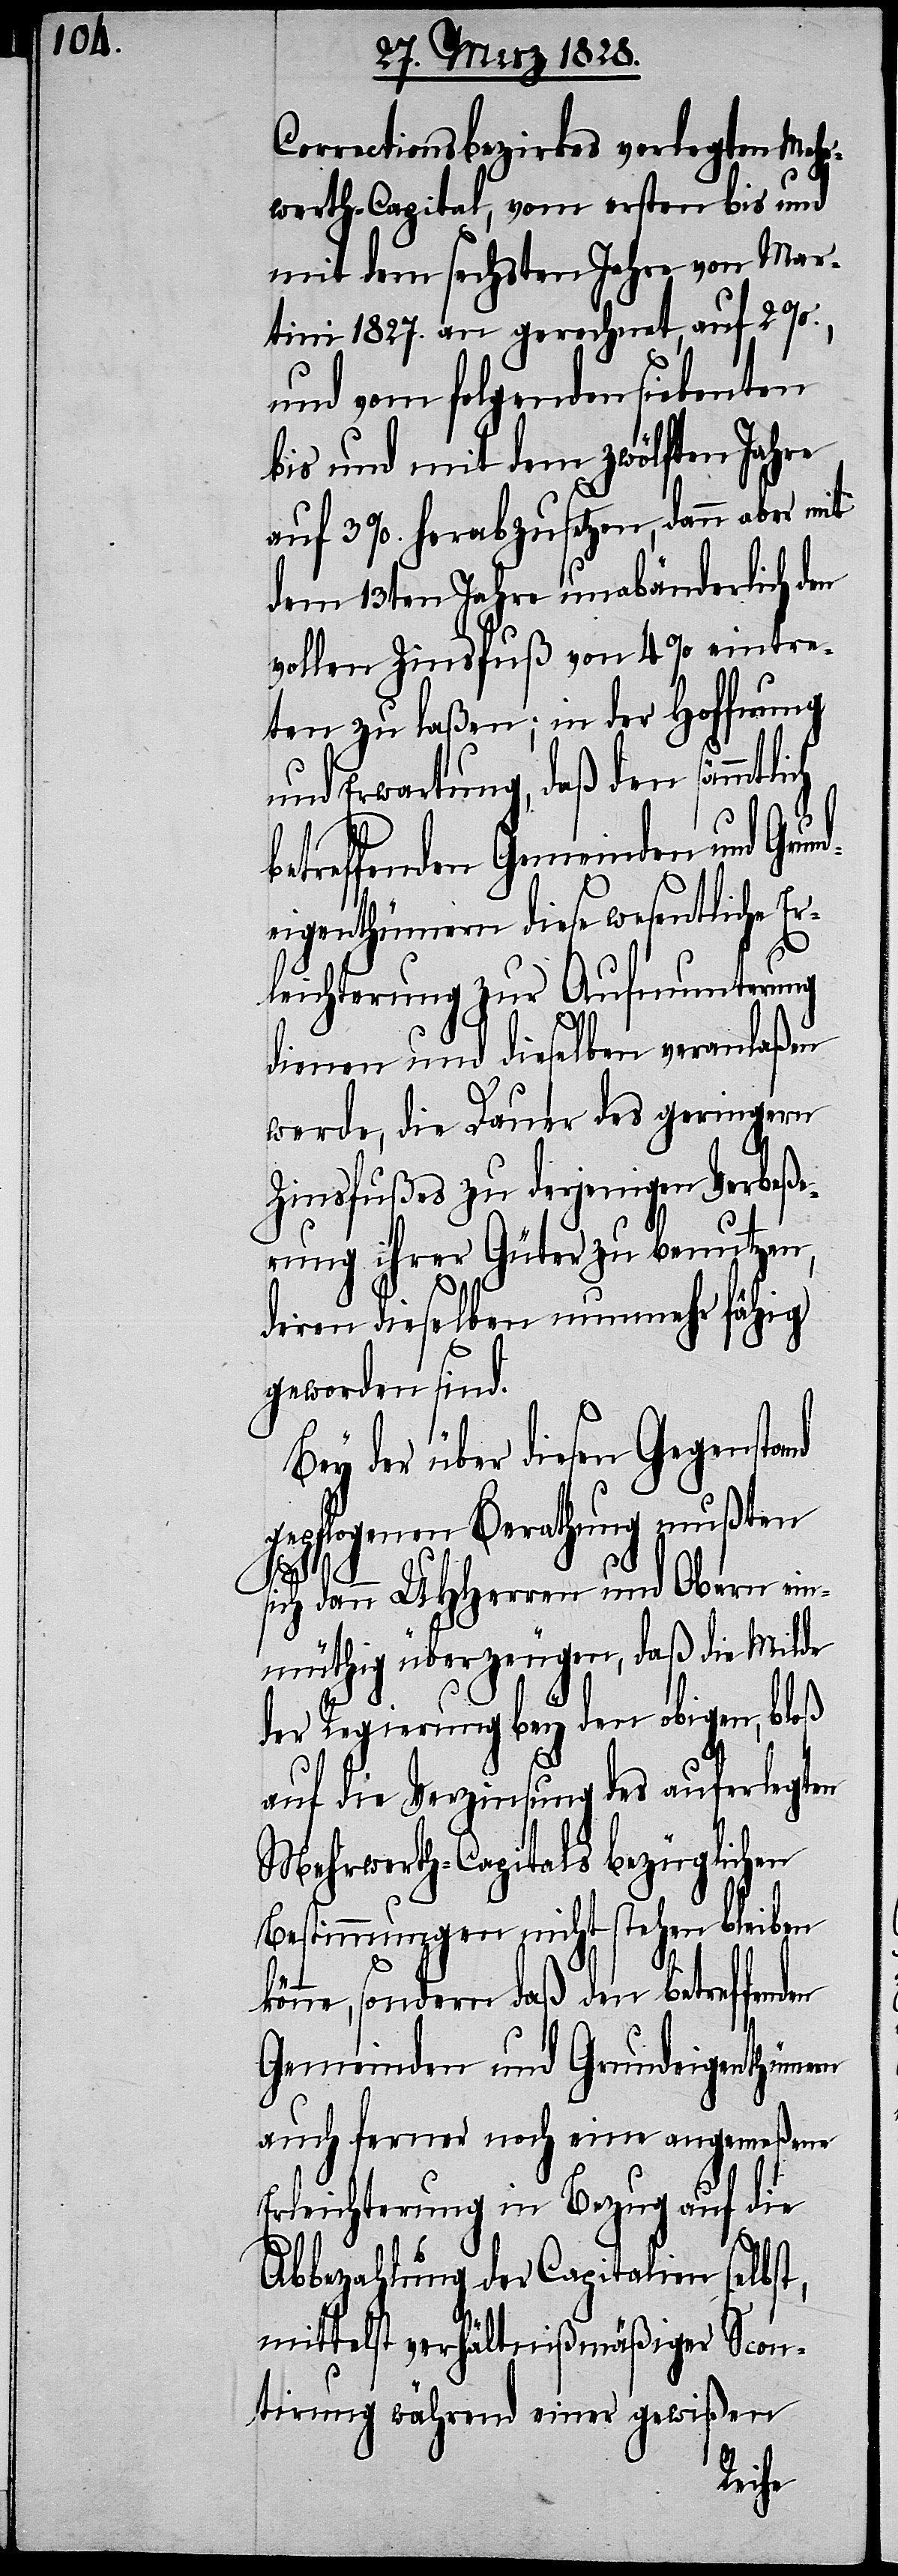
Correctionsbezirkes verlegten Mehr¬
werth-Capital, vom ersten bis und
mit dem sechsten Jahre von Mar¬
tini 1827. an gerechnet, auf 2 %.,
und vom folgenden siebenten
bis und mit dem zwölften Jahre
auf 3 %. herabzusetzen, dann aber mit
dem 13ten Jahre unabänderlich den
vollen Zinsfuß von 4 % eintre¬
ten zu laßen; in der Hoffnung
und Erwartung, daß den sämmtlich
etreffenden Gemeinden und Grun¬
eigenthümern diese wesentliche Er¬
leichterung zur Aufmunterung
dienen und dieselben veranlaßen
werde, die Dauer des geringern
Zinsfuße zu derjenigen Verbeße¬
rung ihrer Güter zu benutzen,
deren dieselben nunmehr fähig
geworden sind.
Bey der über diesen Gegenstand
gepflogenen Berathung mußten
k¬
sich dann UHHerren und Obern ein¬
müthig überzeugen, daß die Milde
der Regierung bey den obigen, bloß
auf die Verzinsung des auferlegten
Mehrwerth-Capitals bezüglichen
Bestimmungen nicht stehen bleiben
önne, sondern daß den betreffenden
Gemeinden und Grundeigenthümern
auch ferner noch eine angemeßene
Erleichterung in Bezug auf die
Abbezahlung der Capitalien selbst,
mittelst verhältnißmäßiger Scon¬
tirung während einer gewißen